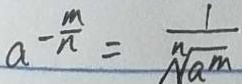
a ^ { - \frac { m } { n } } = \frac { 1 } { \sqrt [ n ] { a ^ { m } } }